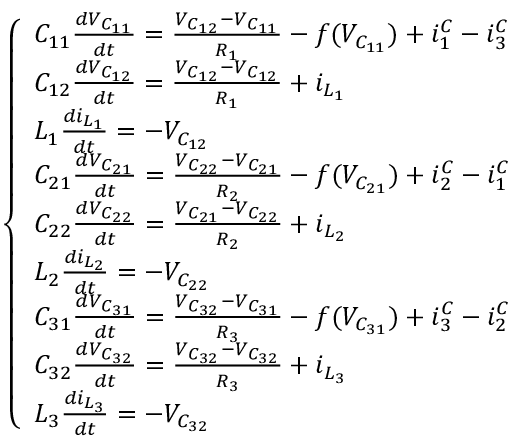
\left\{ \begin{array} { l l } { C _ { 1 1 } \frac { d V _ { C _ { 1 1 } } } { d t } = \frac { V _ { C _ { 1 2 } } - V _ { C _ { 1 1 } } } { R _ { 1 } } - f ( V _ { C _ { 1 1 } } ) + i _ { 1 } ^ { C } - i _ { 3 } ^ { C } } \\ { C _ { 1 2 } \frac { d V _ { C _ { 1 2 } } } { d t } = \frac { V _ { C _ { 1 2 } } - V _ { C _ { 1 2 } } } { R _ { 1 } } + i _ { L _ { 1 } } } \\ { L _ { 1 } \frac { d i _ { L _ { 1 } } } { d t } = - V _ { C _ { 1 2 } } } \\ { C _ { 2 1 } \frac { d V _ { C _ { 2 1 } } } { d t } = \frac { V _ { C _ { 2 2 } } - V _ { C _ { 2 1 } } } { R _ { 2 } } - f ( V _ { C _ { 2 1 } } ) + i _ { 2 } ^ { C } - i _ { 1 } ^ { C } } \\ { C _ { 2 2 } \frac { d V _ { C _ { 2 2 } } } { d t } = \frac { V _ { C _ { 2 1 } } - V _ { C _ { 2 2 } } } { R _ { 2 } } + i _ { L _ { 2 } } } \\ { L _ { 2 } \frac { d i _ { L _ { 2 } } } { d t } = - V _ { C _ { 2 2 } } } \\ { C _ { 3 1 } \frac { d V _ { C _ { 3 1 } } } { d t } = \frac { V _ { C _ { 3 2 } } - V _ { C _ { 3 1 } } } { R _ { 3 } } - f ( V _ { C _ { 3 1 } } ) + i _ { 3 } ^ { C } - i _ { 2 } ^ { C } } \\ { C _ { 3 2 } \frac { d V _ { C _ { 3 2 } } } { d t } = \frac { V _ { C _ { 3 2 } } - V _ { C _ { 3 2 } } } { R _ { 3 } } + i _ { L _ { 3 } } } \\ { L _ { 3 } \frac { d i _ { L _ { 3 } } } { d t } = - V _ { C _ { 3 2 } } } \end{array} \right.